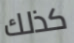
كذلك